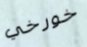
خورخي